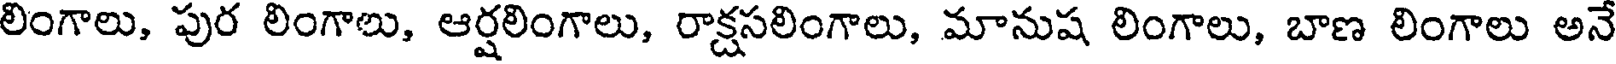
లింగాలు, పుర లింగాలు, ఆర్షలింగాలు, రాక్షసలింగాలు, మానుష లింగాలు, బాణ లింగాలు అనే